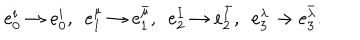
e _ { 0 } ^ { i } \to e _ { 0 } ^ { i } , ~ ~ e _ { 1 } ^ { \mu } \to e _ { 1 } ^ { \bar { \mu } } , ~ ~ e _ { 2 } ^ { I } \to e _ { 2 } ^ { \bar { I } } , ~ ~ e _ { 3 } ^ { \lambda } \to e _ { 3 } ^ { \bar { \lambda } } .